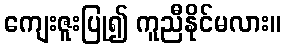
ကျေးဇူးပြု၍ ကူညီနိုင်မလား။